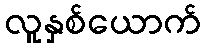
လူနှစ်ယောက်